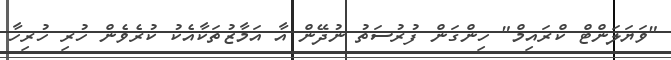
"ވަޔަލަންޓް ކްރައިމް" ހިންގަން ފުރުސަތު ނުދޭން އާ އަމާޒުތަކާއެކު ކުރެވެން ހުރި ހުރިހާ